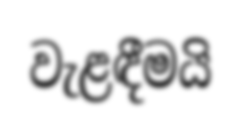
වැළඳීමයි